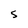
Character: S